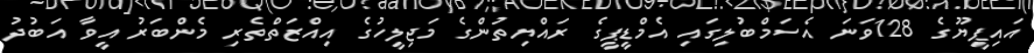
އައިޕީޔޫގެ 128ވަނަ އެސަމްބުލިގައި އެމްޑީޕީގެ ރައްޔިތުންގެ މަޖިލީހުގެ އިއްޒަތްތެރި މެންބަރު އީވާ އަބުދު